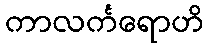
ကာလင်္ကရောဟိ